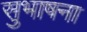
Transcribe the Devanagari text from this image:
सुभाषना